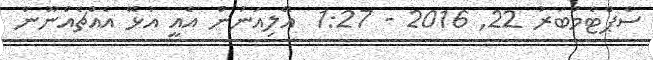
ސެޕްޓެމްބަރު 22